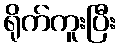
ရိုက်ကူးပြီး